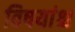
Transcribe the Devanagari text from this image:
विषयांश्च